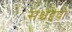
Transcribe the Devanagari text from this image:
सश्चद्देवो